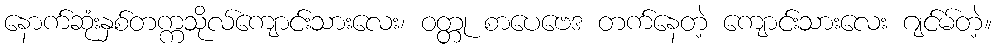
နောက်ဆုံးနှစ်တက္ကသိုလ်ကျောင်းသားလေး၊ ဝတ္တု စာပေဗေဒ တက်နေတဲ့ ကျောင်းသားလေး ဂျင်မ်တဲ့။